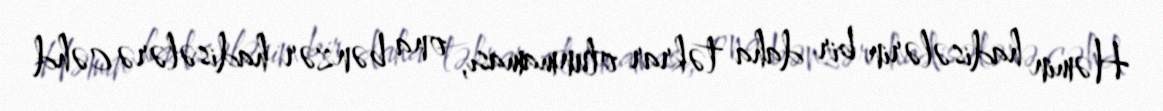
Həmin hadisələrin bir daha təkrar olunmaması, ona bənzər hadisələrə cəhd